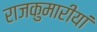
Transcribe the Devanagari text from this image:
राजकुमारीयां